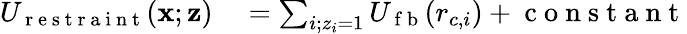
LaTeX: \begin{array}{rl}{U_{\mathrm{~r~e~s~t~r~a~i~n~t~}}(\mathbf{x};\mathbf{z})}&{{}=\sum_{i;z_{i}=1}U_{\mathrm{~f~b~}}(r_{c,i})+\mathrm{~c~o~n~s~t~a~n~t~}}\end{array}